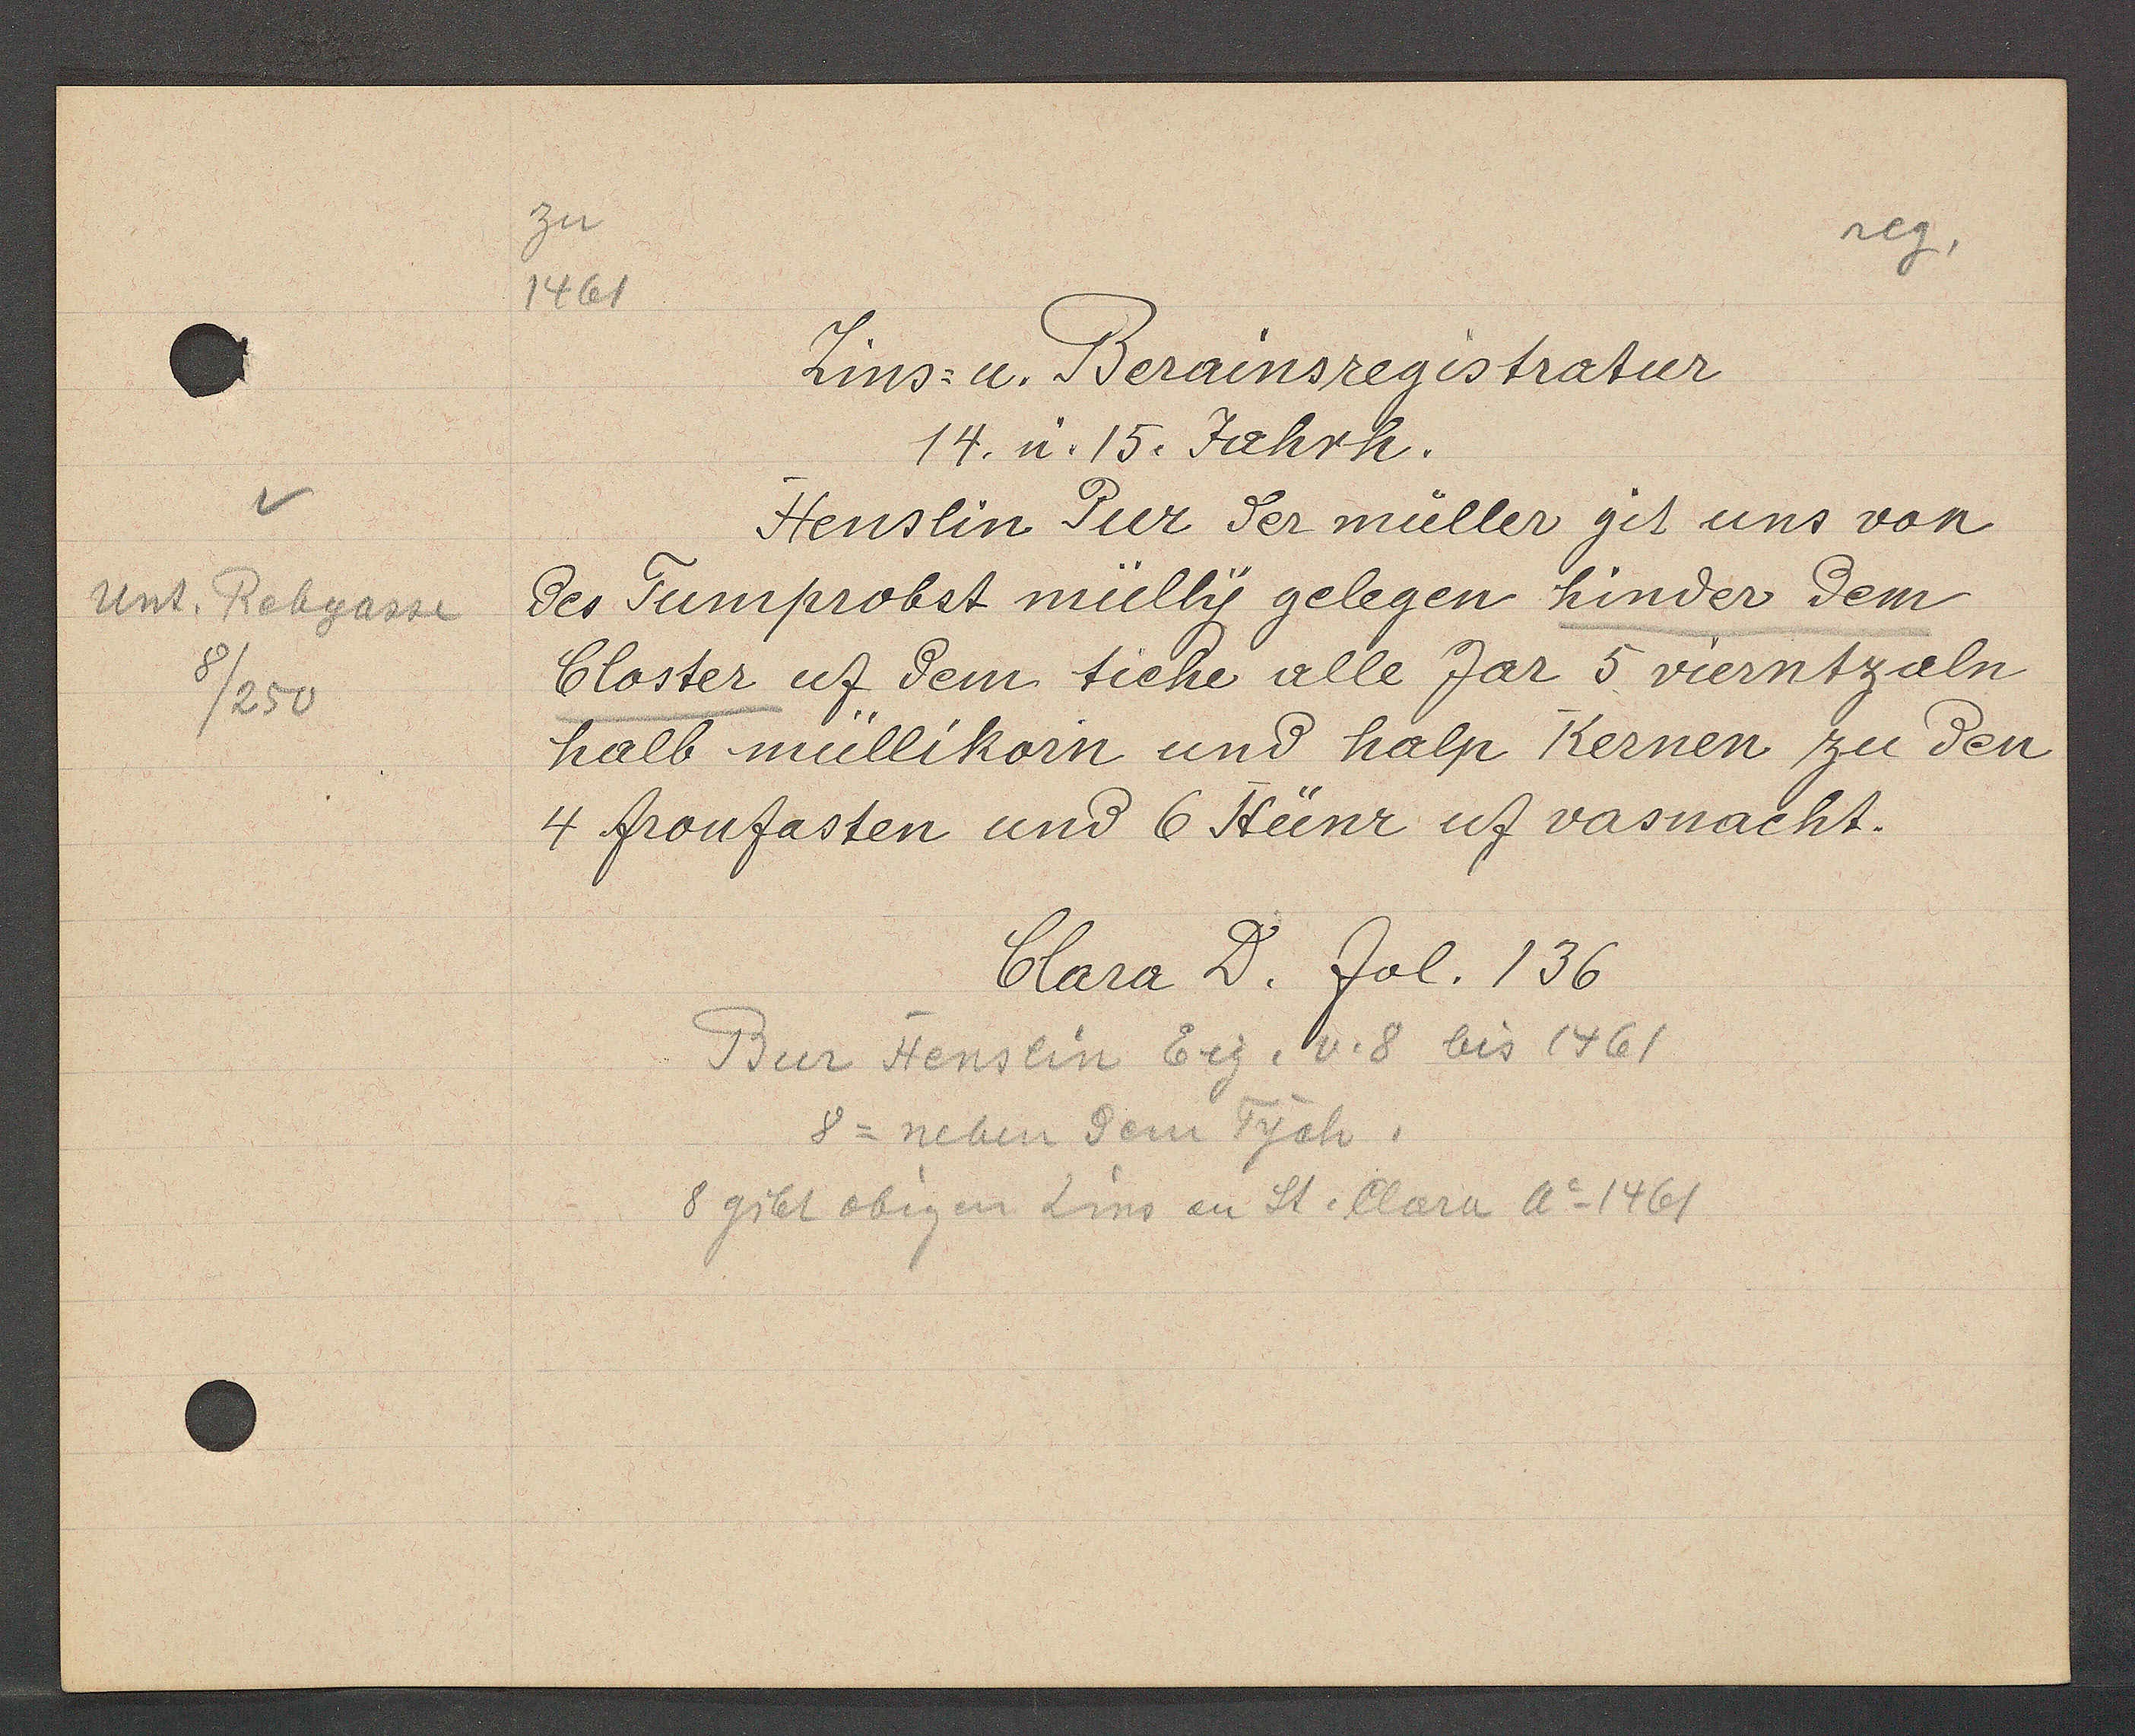
Transcript:
unt. Rebgasse
8/250

zu
1461

des Tumprobst mülhy gelegen hinder dem
Closter uf dem tiche alle Jar 5 viernt zaln
halb mullikorn und halp Kernen zu den
4 fronfasten und 6 Hünr uf vasnacht.
Zins u. Berainsregistratur
Henslin Pur der müller git uns von
14. n. 15. Jahrh.

Clara D. fol. 136

Bur Henslin Eig. v. 8 bis 1461
8 gibt obigen Zins an St. Clara Ao 1461
8 = neben dem Tych.